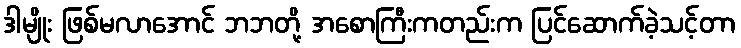
ဒါမျိုး ဖြစ်မလာအောင် ဘဘတို့ အစောကြီးကတည်းက ပြင်ဆောက်ခဲ့သင့်တာ